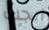
ايجب